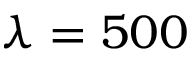
\lambda = 5 0 0